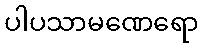
ပါပသာမဏေရော